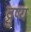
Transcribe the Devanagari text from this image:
द्रुष्य